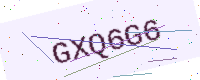
Text: GXQ6G6